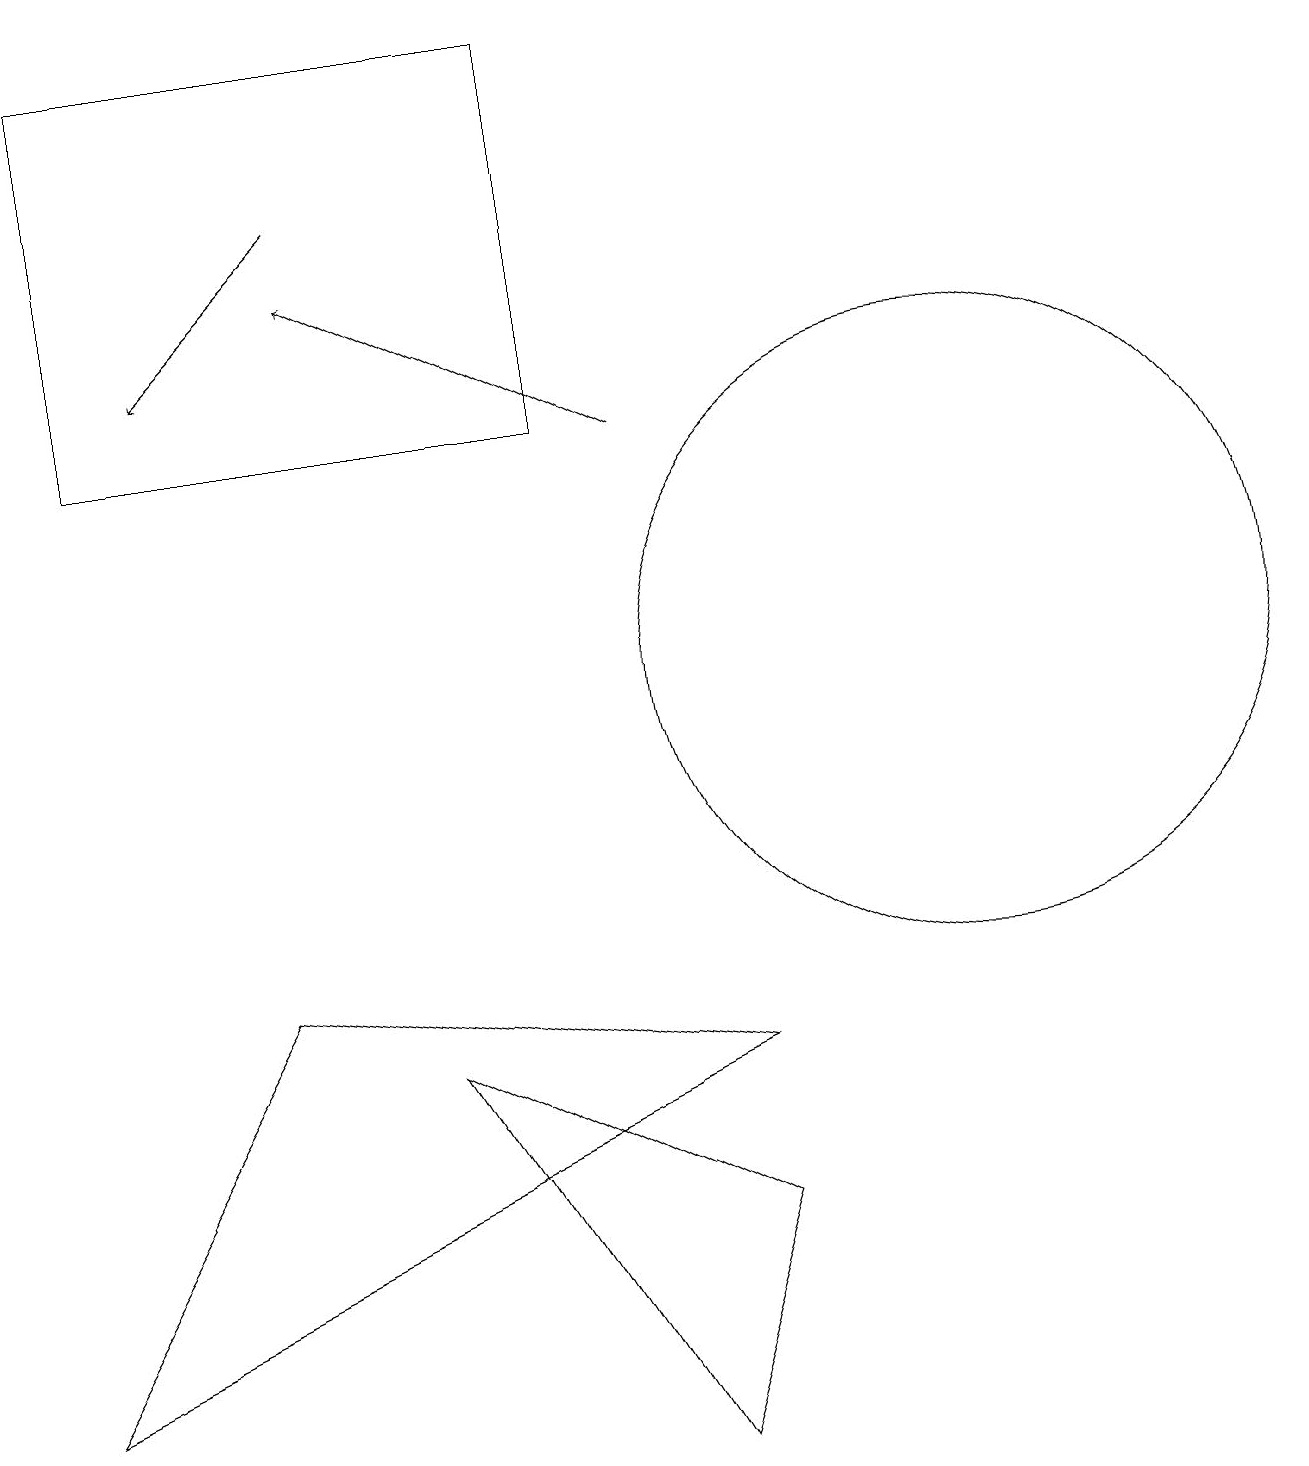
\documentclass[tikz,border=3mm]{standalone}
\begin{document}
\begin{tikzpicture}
\draw (1,19) rectangle (7,14);
\draw (12,11) circle (4);
\draw (0,2) -- (3,7) -- (9,6) -- cycle;
\draw (8,1) -- (5,6) -- (9,4) -- cycle;
\draw[->] (4,17) -- (2,15);
\draw[->] (8,14) -- (4,16);
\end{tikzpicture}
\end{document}